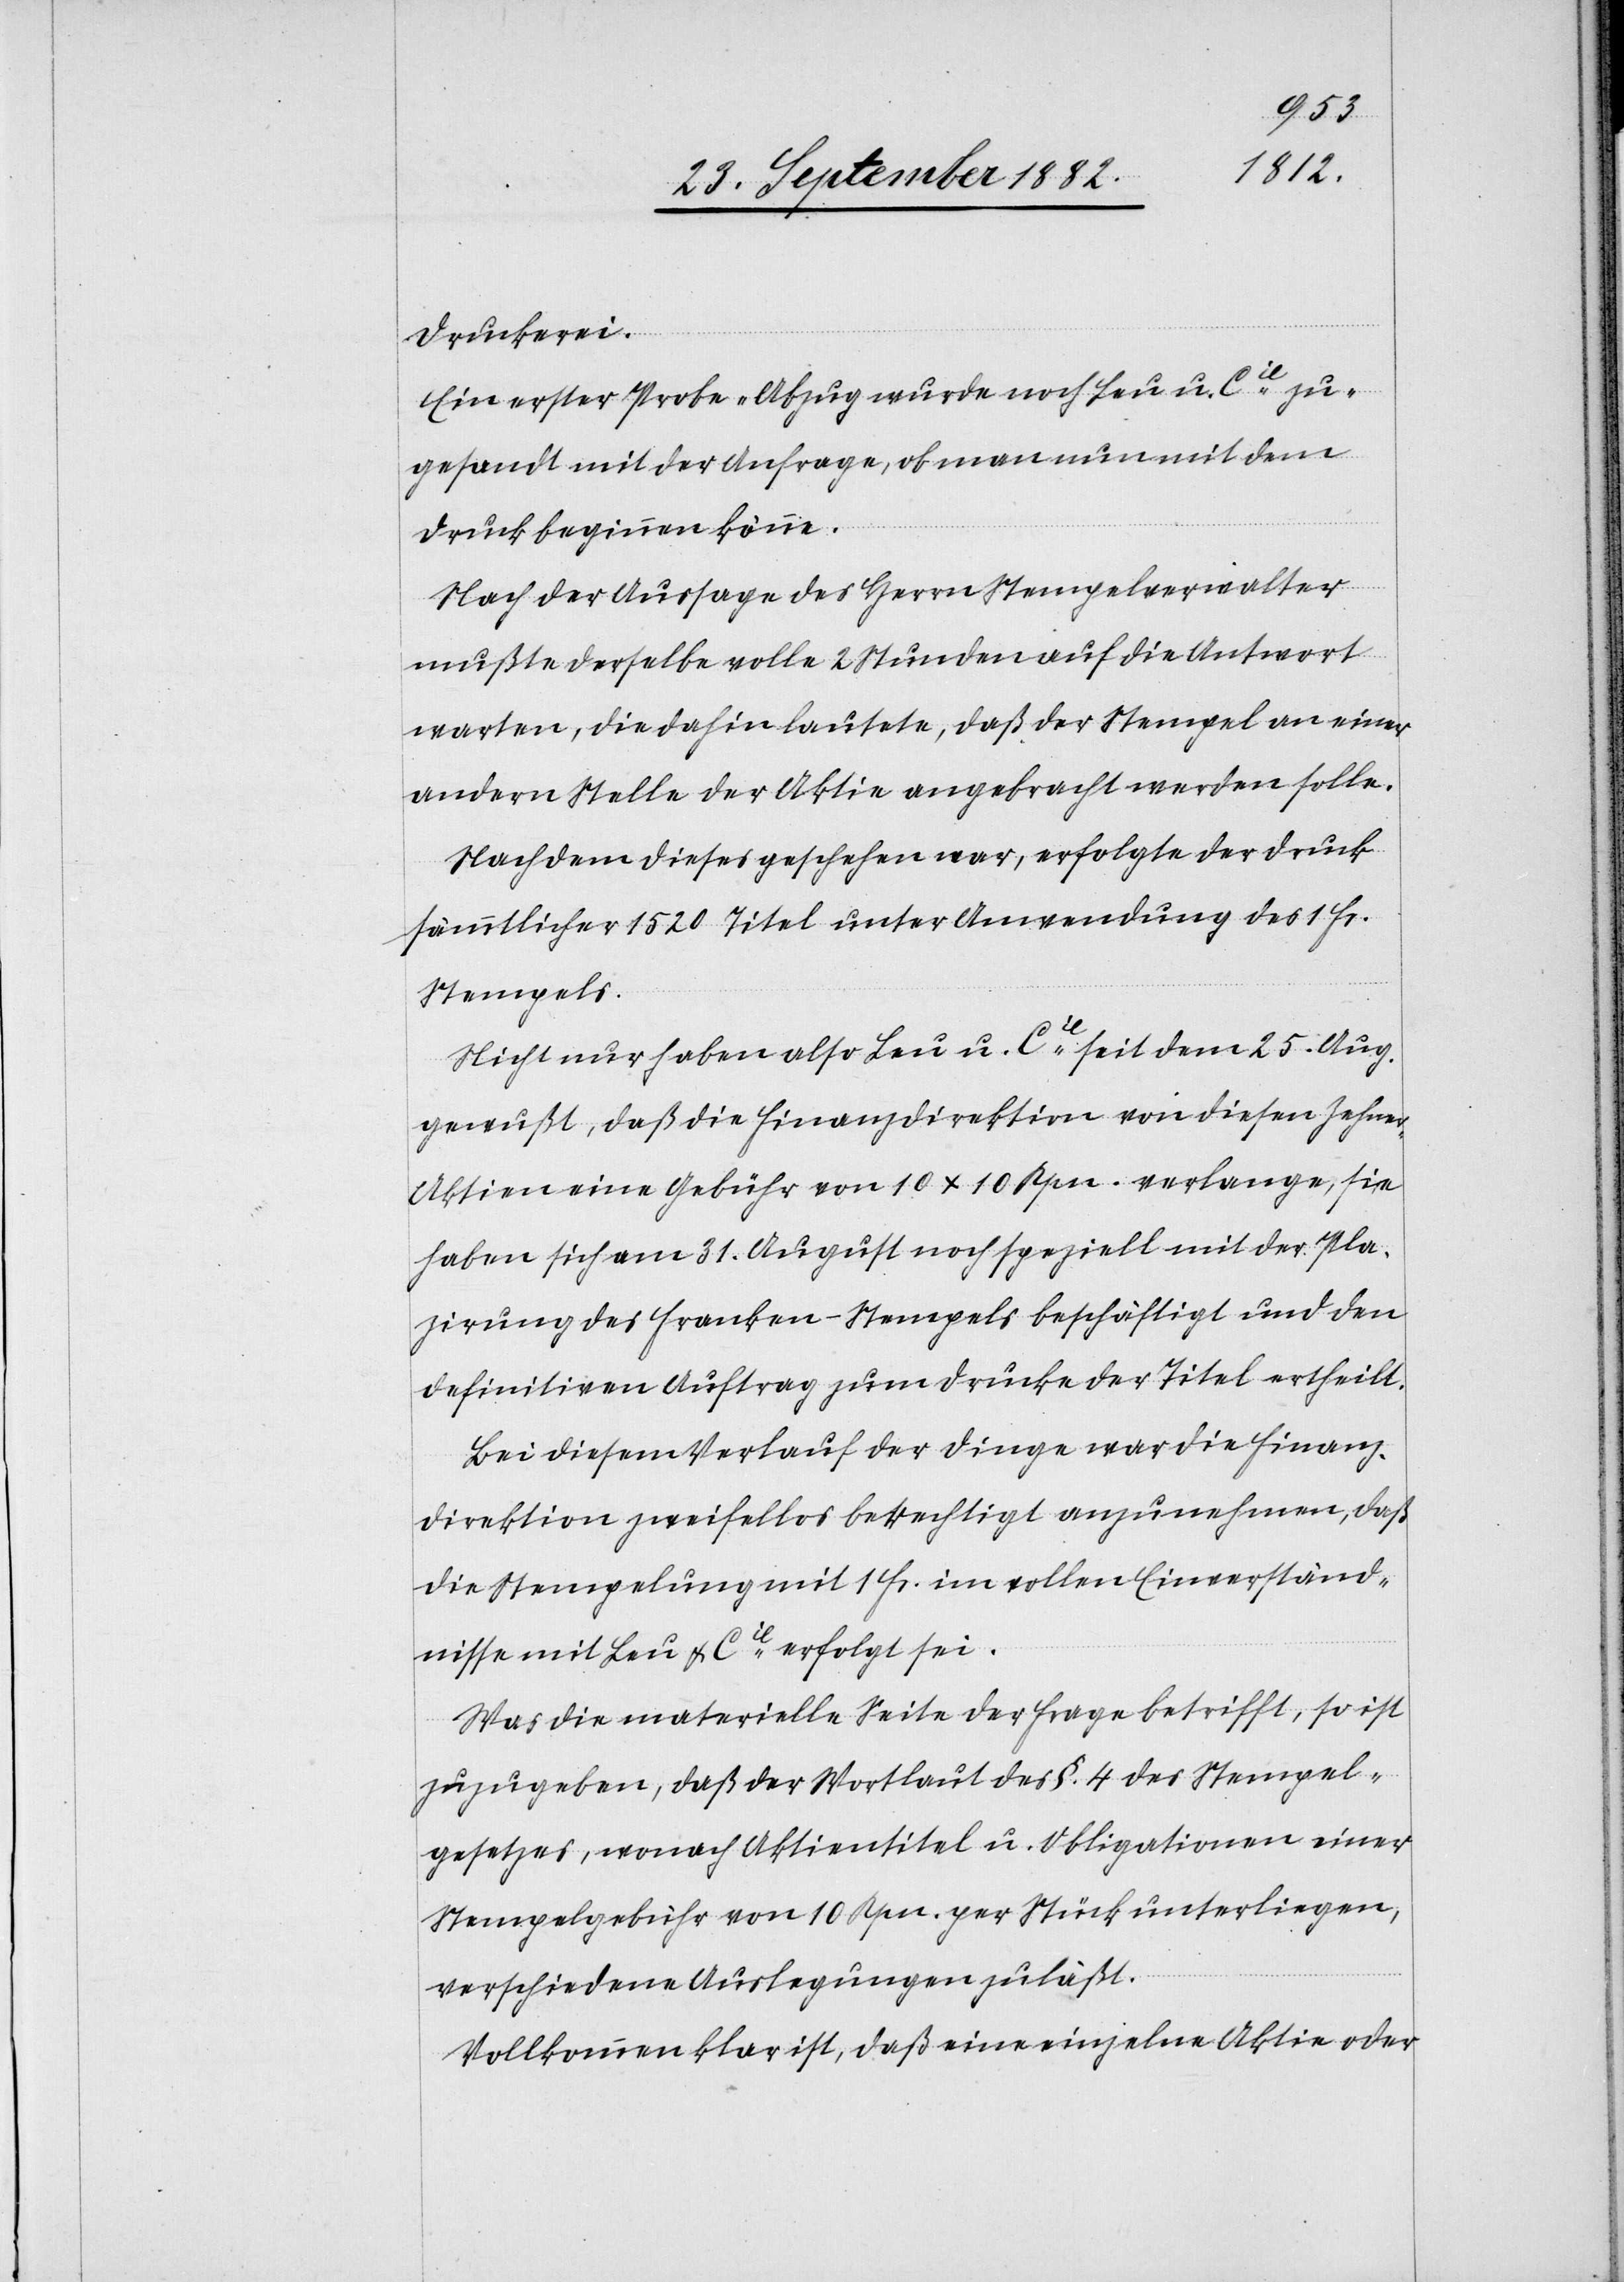
Druckerei.
Ein erster Probe-Abzug wurde noch Leu u. Cie zu¬
gesandt mit der Anfrage, ob man nun mit dem
Druck beginnen könne.
Nach der Aussage des Herrn Stempelverwalter
mußte derselbe volle 2 Stunden auf die Antwort
warten, die dahin lautete, daß der Stempel an einer
andern Stelle der Aktie angebracht werden solle.
Nachdem dieses geschehen war, erfolgte der Druck
sämmtlicher 1520 Titel unter Anwendung des 1 Fr.
Stempels.
Nicht nur haben also Leu u. Cie seit dem 25. Aug.
gewußt, daß die Finanzdirektion von diesen Zehne¬
r-Aktien eine Gebühr von 10 x 10 Rpn. verlangte, sie
haben sich am 31. August noch speziell mit der Pla¬
zirung des Franken-Stempels beschäftigt und den
definitiven Auftrag zum Drucke der Titel ertheilt.
Bei diesem Verlauf der Dinge war die Finanz¬
direktion zweifellos berechtigt anzunehmen, daß
die Stempelung mit 1 Fr. im vollen Einverständ¬
nisse mit Leu & Cie erfolgt sei.
Was die materielle Seite der Frage betrifft, so ist
zuzugeben, daß der Wortlaut des §. 4 des Stempel¬
gesetzes, wonach Aktientitel u. Obligationen einer
Stempelgebühr von 10 Rpn. per Stück unterliegen,
verschiedene Auslegungen zuläßt.
Vollkommen klar ist, daß eine einzelne Aktie oder